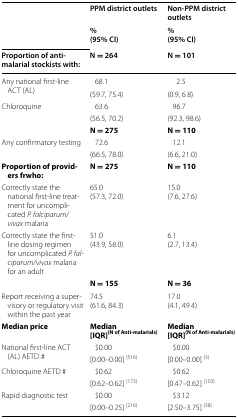
<table><thead><tr><td rowspan="2"></td><td><b>PPM district outlets</b></td><td><b>Non-PPM district outlets</b></td></tr><tr><td><b>%(95% CI)</b></td><td><b>%(95% CI)</b></td></tr><tr><td><b>Proportion of anti-malarial stockists with:</b></td><td><b>N = 264</b></td><td><b>N = 101</b></td></tr></thead><tbody><tr><td rowspan="2">Any national first-line ACT (AL)</td><td>68.1</td><td>2.5</td></tr><tr><td>(59.7, 75.4)</td><td>(0.9, 6.8)</td></tr><tr><td rowspan="2">Chloroquine</td><td>63.6</td><td>96.7</td></tr><tr><td>(56.5, 70.2)</td><td>(92.3, 98.6)</td></tr><tr><td></td><td><b>N = 275</b></td><td><b>N = 110</b></td></tr><tr><td rowspan="2">Any confirmatory testing</td><td>72.6</td><td>12.1</td></tr><tr><td>(66.5, 78.0)</td><td>(6.6, 21.0)</td></tr><tr><td><b>Proportion of providers frwho:</b></td><td><b>N = 275</b></td><td><b>N = 110</b></td></tr><tr><td>Correctly state the national first-line treatment for uncomplicated <i>P. falciparum/vivax</i> malaria</td><td>65.0(57.3, 72.0)</td><td>15.0(7.6, 27.6)</td></tr><tr><td>Correctly state the first-line dosing regimen for uncomplicated <i>P. falciparum/vivax</i> malaria for an adult</td><td>51.0(43.9, 58.0)</td><td>6.1(2.7, 13.4)</td></tr><tr><td></td><td><b>N = 155</b></td><td><b>N = 36</b></td></tr><tr><td>Report receiving a supervisory or regulatory visit within the past year</td><td>74.5(61.6, 84.3)</td><td>17.0(4.1, 49.4)</td></tr><tr><td><b>Median price</b></td><td><b>Median</b><b>[IQR]</b><sup><b>(N of Anti-malarials)</b></sup></td><td><b>Median</b><b>[IQR]</b><sup><b>(N of Anti-malarials)</b></sup></td></tr><tr><td rowspan="2">National first-line ACT (AL) AETD #</td><td>$0.00</td><td>$0.00</td></tr><tr><td>[0.00–0.00] <sup>(516)</sup></td><td>[0.00–0.00] <sup>(3)</sup></td></tr><tr><td rowspan="2">Chloroquine AETD #</td><td>$0.62</td><td>$0.62</td></tr><tr><td>[0.62–0.62] <sup>(173)</sup></td><td>[0.47–0.62] <sup>(103)</sup></td></tr><tr><td rowspan="2">Rapid diagnostic test</td><td>$0.00</td><td>$3.12</td></tr><tr><td>[0.00–0.25] <sup>(216)</sup></td><td>[2.50–3.75] <sup>(38)</sup></td></tr></tbody></table>